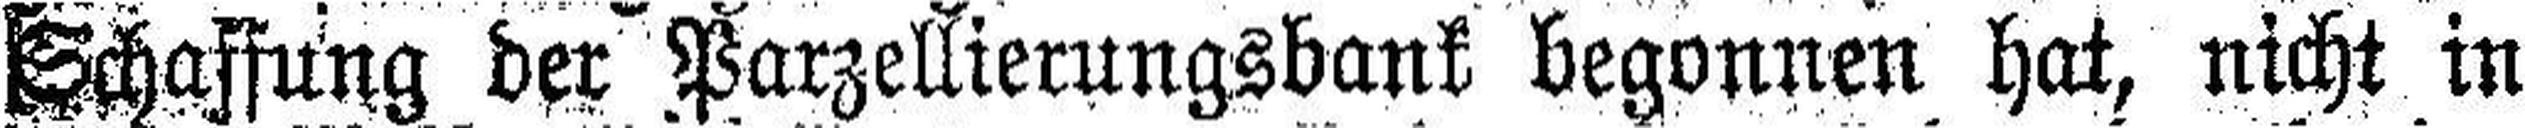
Schaffung der Parzellierungsbank begonnen hat, nicht in